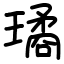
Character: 璚